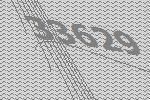
33629